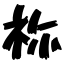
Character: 祢